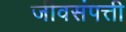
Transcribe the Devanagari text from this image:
जीवसंपत्ती